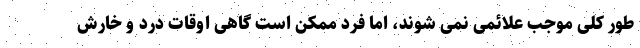
طور کلی موجب علائمی نمی شوند، اما فرد ممکن است گاهی اوقات درد و خارش